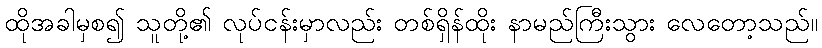
ထိုအခါမှစ၍ သူတို့၏ လုပ်ငန်းမှာလည်း တစ်ရှိန်ထိုး နာမည်ကြီးသွား လေတော့သည်။